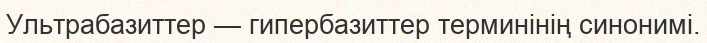
Ультрабазиттер — гипербазиттер терминінің синонимі.